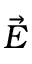
\vec { E }